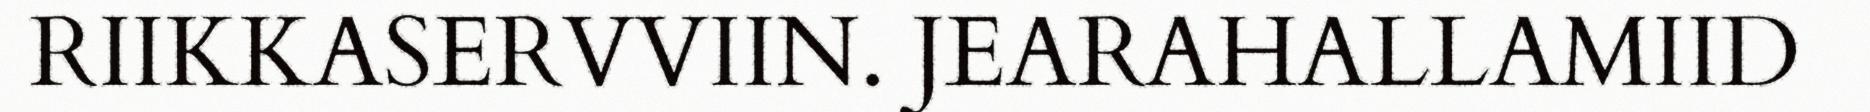
RIIKKASERVVIIN. JEARAHALLAMIID